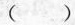
()